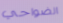
الضواحي